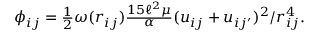
\begin{array} { r } { \phi _ { i j } = \frac 1 2 \omega ( r _ { i j } ) \frac { 1 5 \ell ^ { 2 } \mu } { \alpha } ( u _ { i j } + u _ { i j ^ { \prime } } ) ^ { 2 } / r _ { i j } ^ { 4 } . } \end{array}